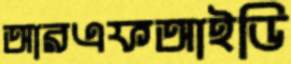
আরএফআইডি